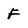
Character: F